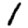
Digit: 1